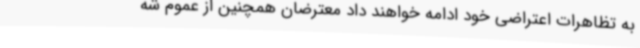
به تظاهرات اعتراضی خود ادامه خواهند داد معترضان همچنین از عموم شه